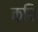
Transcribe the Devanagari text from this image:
कबि